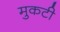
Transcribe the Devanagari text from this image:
मुकटी